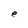
Character: e